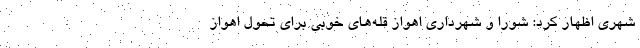
شهری اظهار کرد: شورا و شهرداری اهواز قله‌های خوبی برای تحول اهواز